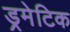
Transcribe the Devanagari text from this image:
ड्रमेटिक